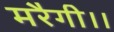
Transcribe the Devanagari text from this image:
मरैगी।।